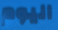
اليوم